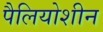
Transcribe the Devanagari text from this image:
पैलियोशीन